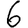
Digit: 6